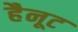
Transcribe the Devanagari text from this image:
हैनूट